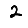
Digit: 2